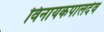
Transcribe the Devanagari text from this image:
विनायकपालदेव